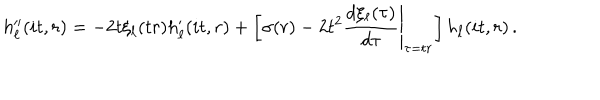
h _ { \ell } ^ { \prime \prime } ( i t , r ) = - 2 t \xi _ { \ell } ( t r ) h _ { \ell } ^ { \prime } ( i t , r ) + \left[ \sigma ( r ) - 2 t ^ { 2 } \left. \frac { d \xi _ { \ell } ( \tau ) } { d \tau } \right| _ { \tau = t r } \right] h _ { \ell } ( i t , r ) \, .